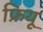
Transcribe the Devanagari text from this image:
फ्रियू